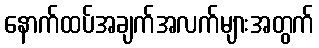
နောက်ထပ်အချက်အလက်များအတွက်